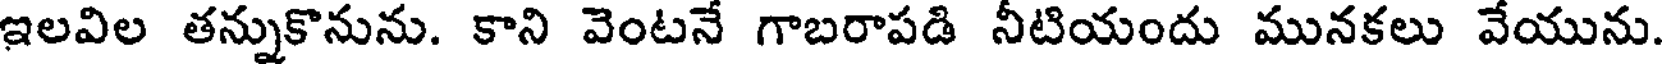
ఇలవిల తన్నుకొనును. కాని వెంటనే గాబరాపడి నీటియందు మునకలు వేయును.